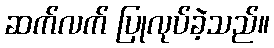
ဆက်လက် ပြုလုပ်ခဲ့သည်။